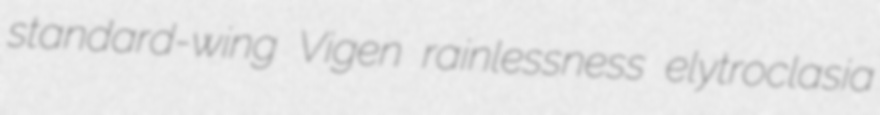
standard-wing Vigen rainlessness elytroclasia